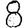
Digit: 8